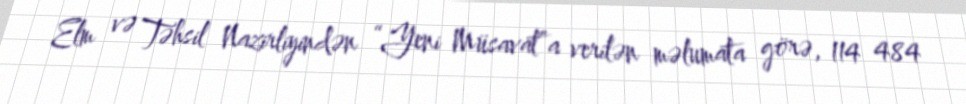
Elm və Təhsil Nazirliyindən “Yeni Müsavat”a verilən məlumata görə, 114 484